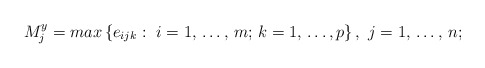
\begin{align*}M_{j}^{y}=max\left\{ e_{ijk}:\thinspace \thinspace i=1,\thinspace \mathellipsis ,\thinspace m;\thinspace k=1,\thinspace \mathellipsis ,p \right\},\thinspace \thinspace j=1,\thinspace \mathellipsis ,\thinspace n;\end{align*}